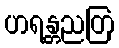
ဟရန္တညတြ